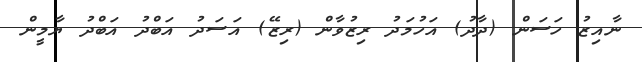
ނާއިޒު ހަސަން (ދާދު) އަހުމަދު ރިޒުވާން (ރިޒޭ) އަސަދު އަބްދު އަބްދު ޔާމީން